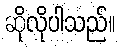
ဆိုလိုပါသည်။